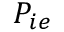
P _ { i e }